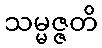
သမ္မဇ္ဇတိ